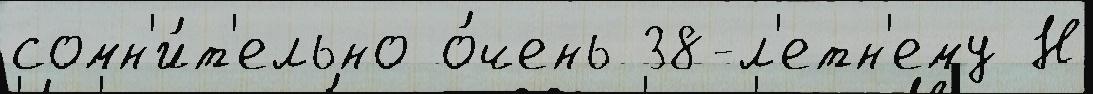
сомн'и́т'ельно о́чень 38-л'етн'ему Н